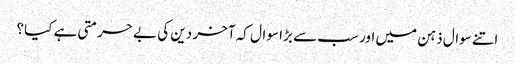
اتنے سوال ذہن میں اور سب سے بڑا سوال کہ آخر دین کی بے حرمتی ہے کیا؟